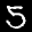
Digit: 5